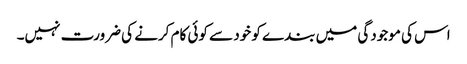
اس کی موجودگی میں بندے کو خود سے کوئی کام کرنے کی ضرورت نہیں۔